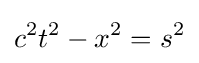
c^{2}t^{2}-x^{2}=s^{2}